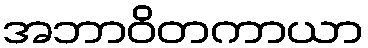
အဘာဝိတကာယာ